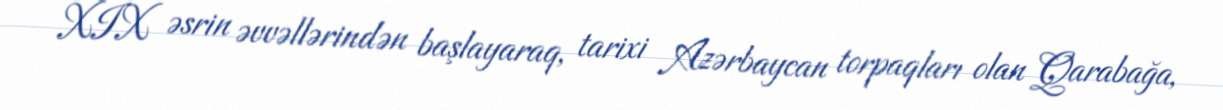
XIX əsrin əvvəllərindən başlayaraq, tarixi Azərbaycan torpaqları olan Qarabağa,